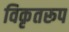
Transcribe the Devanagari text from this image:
विकृतरूप